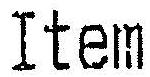
ITEM